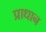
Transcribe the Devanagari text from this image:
प्राधान